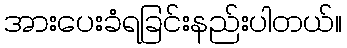
အားပေးခံရခြင်းနည်းပါတယ်။